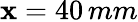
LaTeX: \mathbf{x}=40\, mm